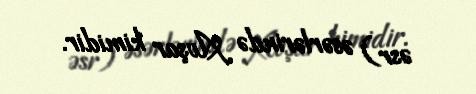
əsr) əsərlərində Avşar kimidir.